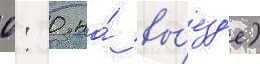
0: 0 на́ вы́езд'е)